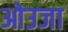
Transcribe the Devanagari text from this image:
ओउजा